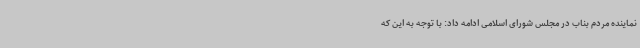
نماینده مردم بناب در مجلس شورای اسلامی ادامه داد: با توجه به این که